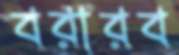
বরারব